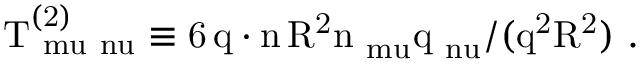
\mathrm { T _ { \ m u \ n u } ^ { ( 2 ) } \equiv 6 \, q \cdot n \, R ^ { 2 } n _ { \ m u } q _ { \ n u } / ( \vec { q } ^ { 2 } \vec { R } ^ { 2 } ) ~ . }